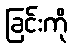
ခြင်းကို